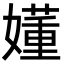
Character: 嬞